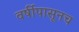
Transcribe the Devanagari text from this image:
वर्षीपासूनच